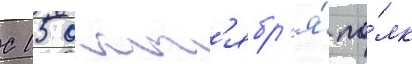
С 15 окт'ябр'я́ по́лк